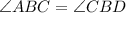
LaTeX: \angle A B C = \angle C B D